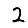
Digit: 2